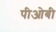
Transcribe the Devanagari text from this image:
पीओबी